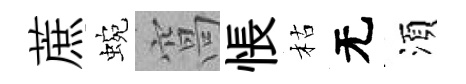
蔗蜿窩悵枯无湏